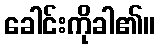
ခေါင်းကိုခါ၏။